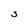
Character: S